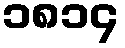
၁၈၁၄